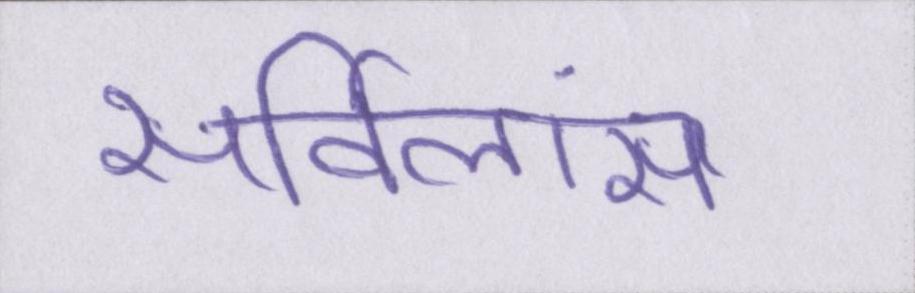
सर्विलांस